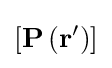
\left[\mathbf {P} \left(\mathbf {r} '\right)\right]